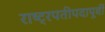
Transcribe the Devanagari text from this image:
राष्ट्रपतीपदापूर्वी